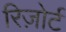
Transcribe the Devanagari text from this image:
रिज़ोर्ट